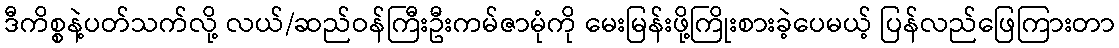
ဒီကိစ္စနဲ့ပတ်သက်လို့ လယ်/ဆည်ဝန်ကြီးဦးကမ်ဇာမုံကို မေးမြန်းဖို့ကြိုးစားခဲ့ပေမယ့် ပြန်လည်ဖြေကြားတာ